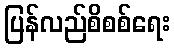
ပြန်လည်စိစစ်ရေး